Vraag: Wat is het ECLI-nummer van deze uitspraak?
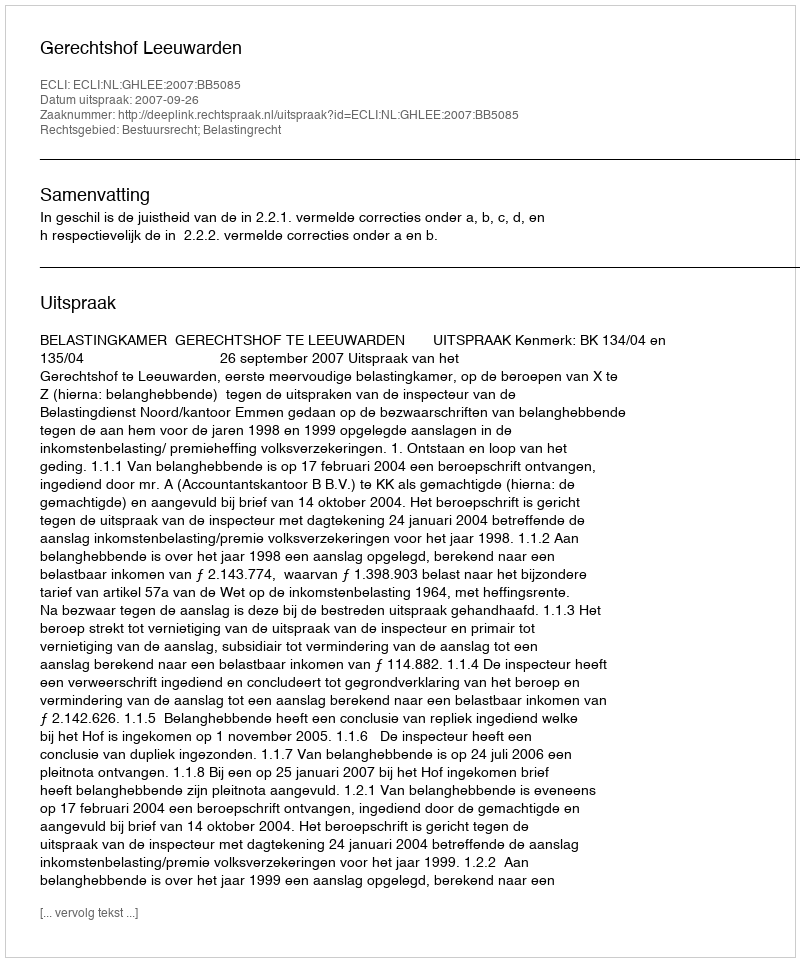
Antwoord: ECLI:NL:GHLEE:2007:BB5085